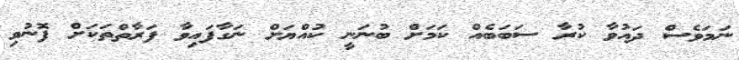
ނަމަވެސް ދައުވާ ކުރާ ސަބަބެއް ކަމަށް ބުނަނީ ކުއްޔަށް ނަގާފައިވާ ފަރާތްތަކަށް ފޮނުވި